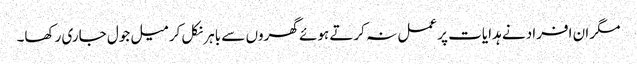
مگر ان افراد نے ہدایات پر عمل نہ کرتے ہوئے گھروں سے باہر نکل کر میل جول جاری رکھا۔